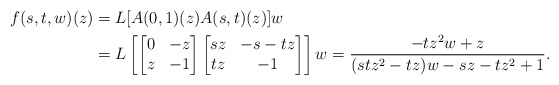
\begin{align*}f(s, t, w)(z) &= L[A(0, 1)(z) A(s, t)(z)] w \\&= L \left[ \begin{bmatrix} 0 & -z \\ z & -1 \end{bmatrix} \begin{bmatrix} s z & -s -t z \\ t z & -1 \end{bmatrix} \right] w =\dfrac{-t z^2 w + z}{(s t z^2 - t z)w -s z - t z^2 +1}.\end{align*}